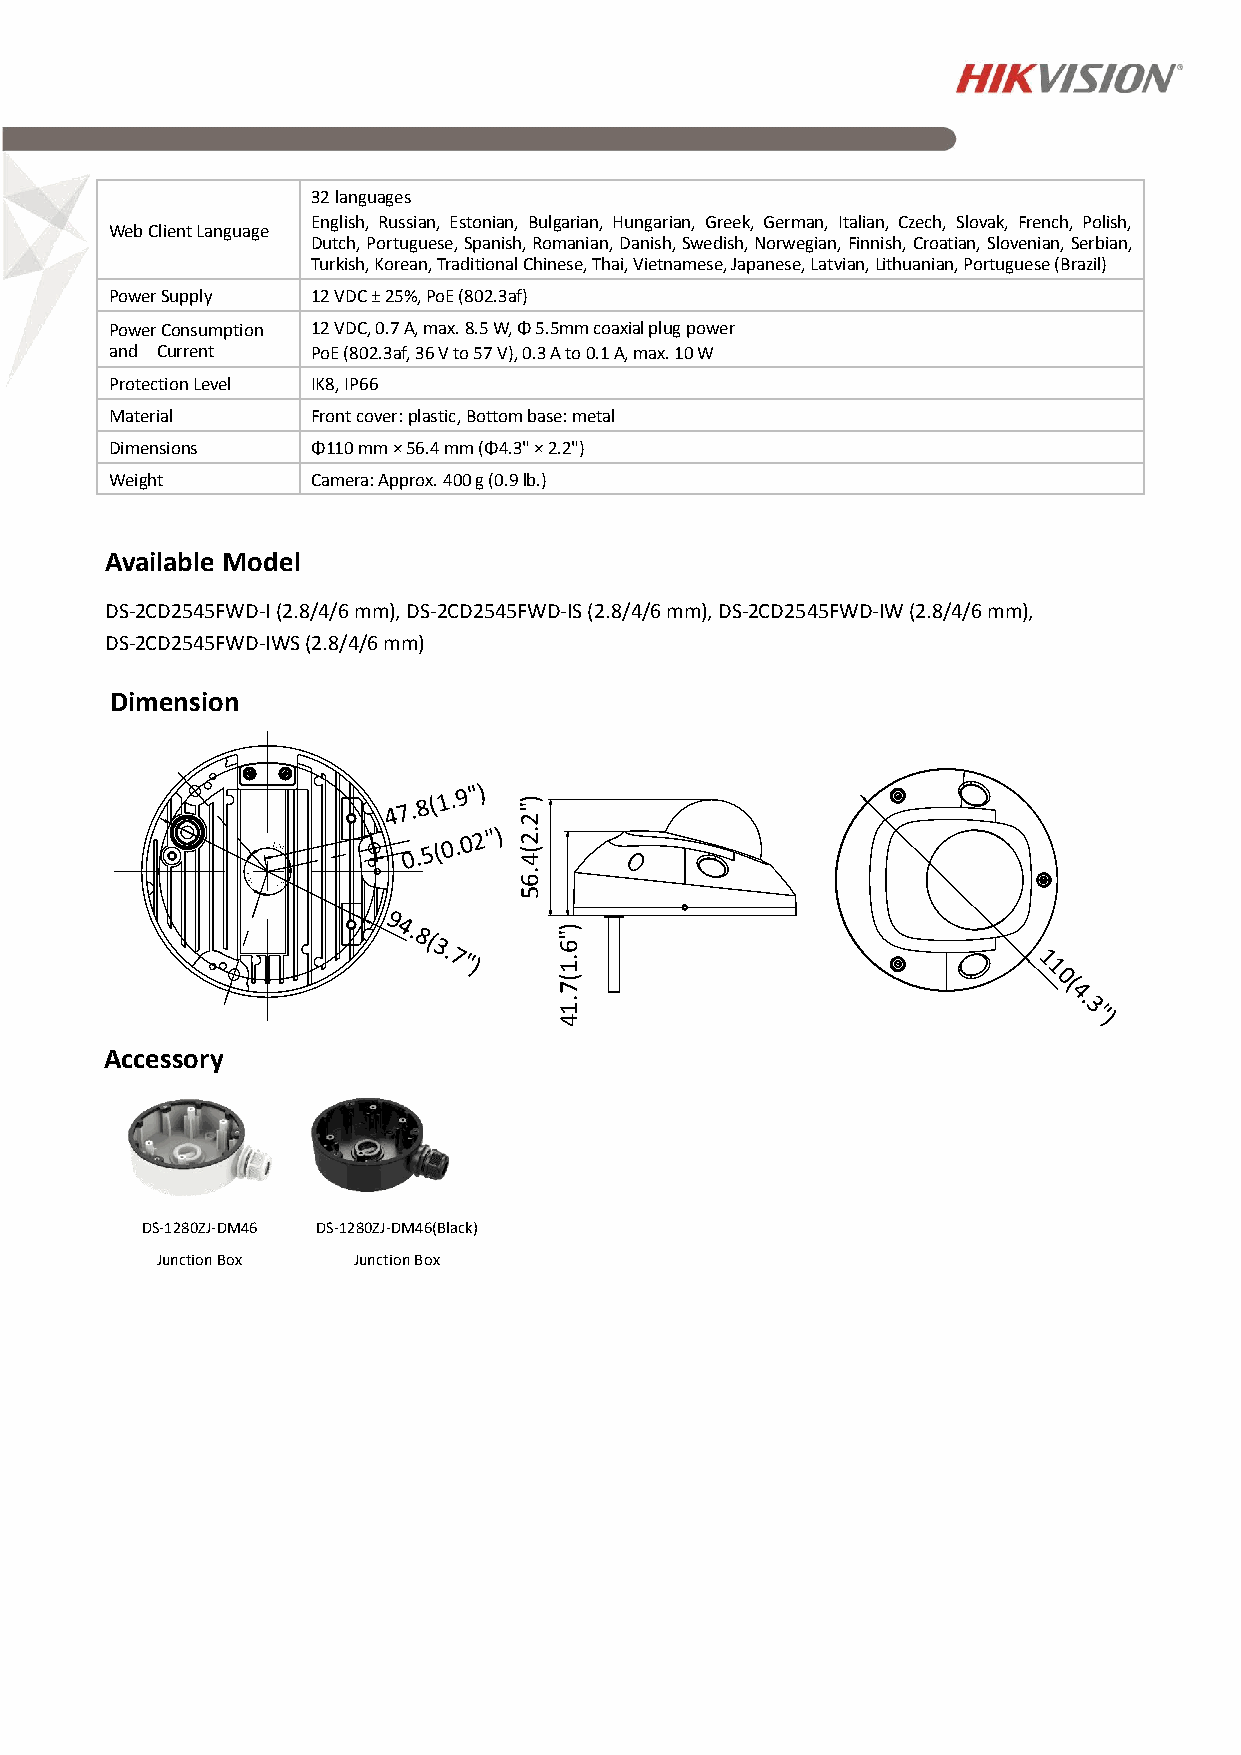
32 languages
 English, Russian, Estonian, Bulgarian, Hungarian, Greek, German, Italian, Czech, Slovak, French, Polish,
 Web Client Language
 Dutch, Portuguese, Spanish, Romanian, Danish, Swedish, Norwegian, Finnish, Croatian, Slovenian, Serbian,
 Turkish, Korean, Traditional Chinese, Thai, Vietnamese, Japanese, Latvian, Lithuanian, Portuguese (Brazil)
 Power Supply  12 VDC ± 25%, PoE (802.3af)
 Power Consumption 12 VDC, 0.7 A, max. 8.5 W, Φ 5.5mm coaxial plug power
 and Current   PoE (802.3af, 36 V to 57 V), 0.3 A to 0.1 A, max. 10 W
 Protection Level IK8, IP66
 Material      Front cover: plastic, Bottom base: metal
 Dimensions    Φ110 mm × 56.4 mm (Φ4.3" × 2.2")
 Weight        Camera: Approx. 400 g (0.9 lb.)
 Available Model
 D S-2CD2545FWD-I (2.8/4/6 mm), DS-2CD2545FWD-IS (2.8/4/6 mm), DS-2CD2545FWD-IW (2.8/4/6 mm),
 D S-2CD2545FWD-IWS (2.8/4/6 mm)
 Dimension
 )
 "
 2
 .
 2
 (
 4
 .
 6
 5
 )
 "
 6
 .
 1
 (
 7
 .
 1
 4
 Accessory
 DS-1280ZJ-DM46 DS-1280ZJ-DM46(Black)
 Junction Box Junction Box